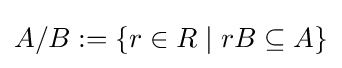
A/B:=\{r\in R\mid rB\subseteq A\}